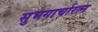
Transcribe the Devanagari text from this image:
सुभगार्चारत्न